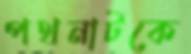
পথনাটকে